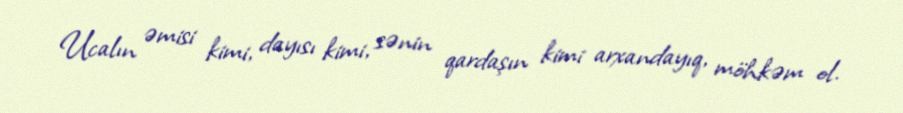
Ucalın əmisi kimi, dayısı kimi, sənin qardaşın kimi arxandayıq, möhkəm ol.